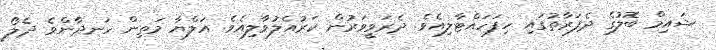
ޝައިމް ބޮލުގެ ދެފަރާތުގައި ހިފަހައްޓާލިއެވެ. ދެރަވީވަރުން ކަރުއެލުވާލިއެވެ. އަލްޔާ މަތިން ހަނދާންވެ ދެލޯ